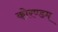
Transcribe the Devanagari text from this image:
कोरण्डम